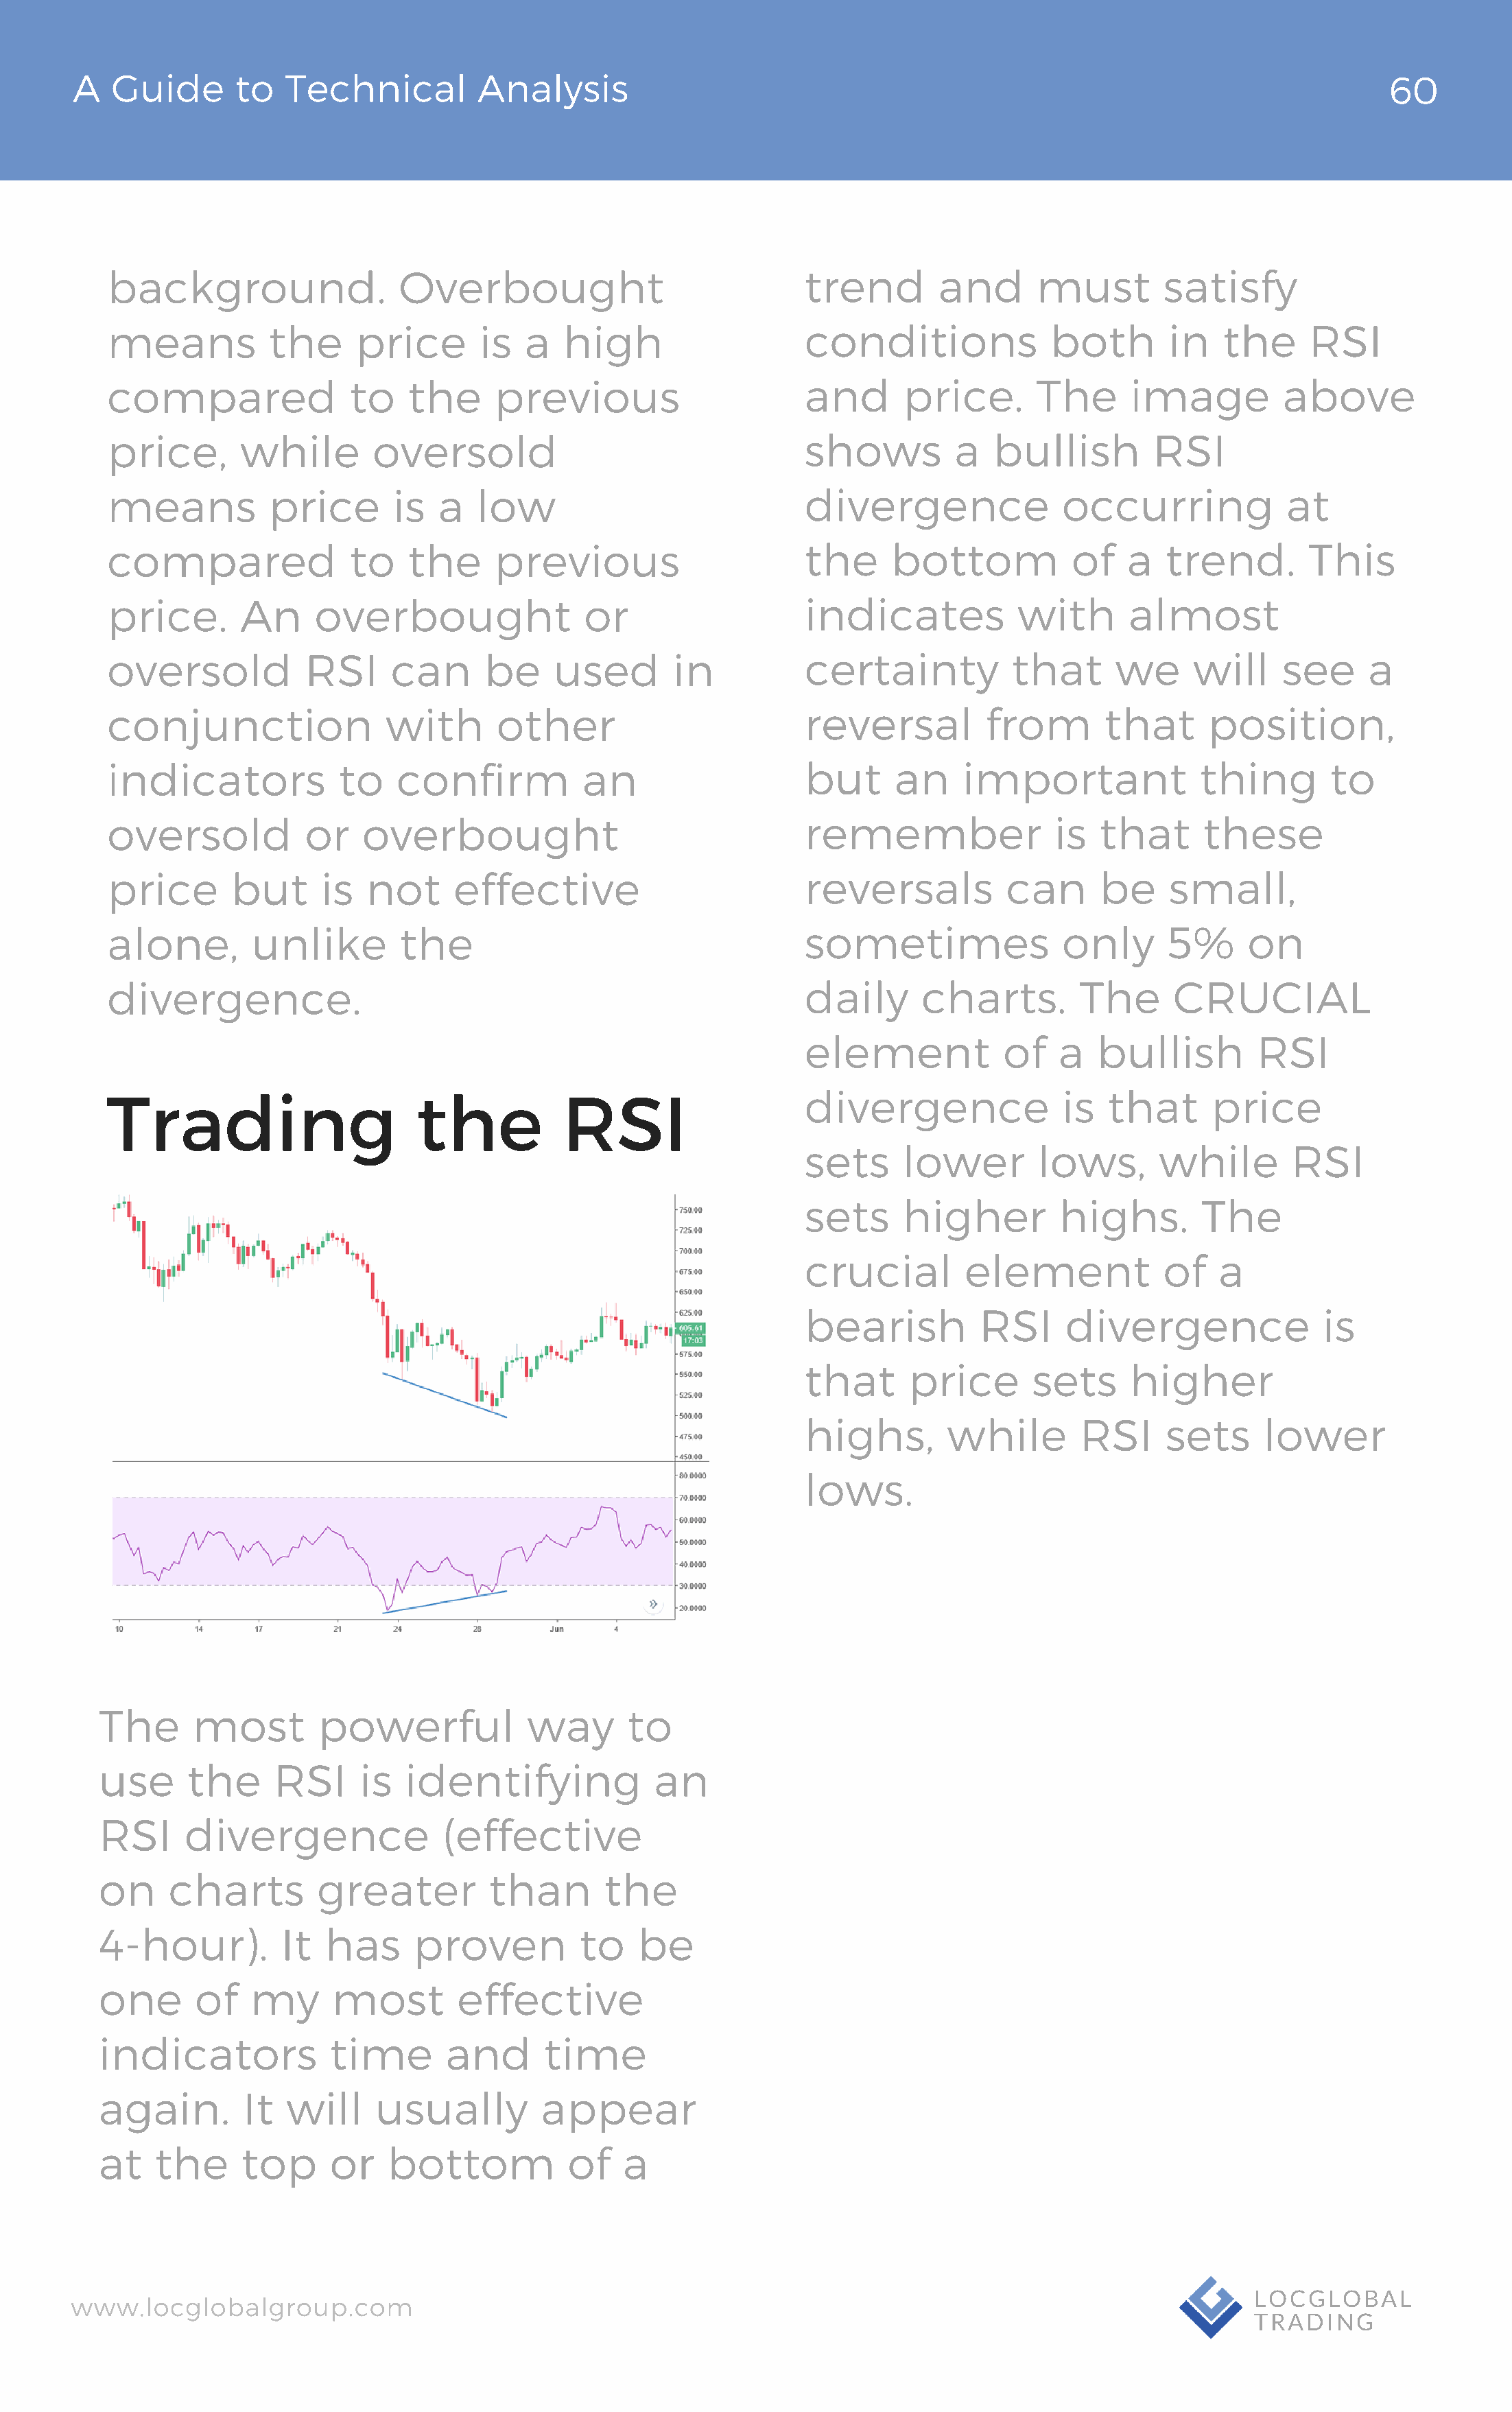
A   Guide       to  Technical          Analysis                                                                                60
 background.                 Overbought                              trend        and      must        satisfy
 means           the     price       is   a  high                    conditions             both        in   the     RSI
 compared                to   the      previous                      and      price.       The      image          above
 price,       while        oversold                                  shows         a   bullish        RSI
 means           price       is  a   low                             divergence              occurring             at
 compared                to   the      previous                      the     bottom           of    a  trend.        This
 price.       An     overbought                or                    indicates           with       almost
 oversold           RSI      can      be    used        in           certainty           that      we     will     see     a
 conjunction                with       other                         reversal         from        that      position,
 indicators             to   confirm           an                    but     an     important              thing       to
 oversold           or    overbought                                 remember                is  that      these
 price       but      is  not      effective                         reversals          can      be     small,
 alone,        unlike         the                                    sometimes               only       5%     on
 divergence.                                                         daily      charts.        The      CRUCIAL
 element            of   a   bullish        RSI
 Trading                       the           RSI                     divergence              is   that      price
 sets     lower        lows,       while        RSI
 sets     higher         highs.        The
 crucial        element            of    a
 bearish         RSI      divergence               is
 that      price       sets     higher
 highs,       while        RSI     sets      lower
 lows.
 The      most        powerful            way      to
 use     the     RSI      is  identifying             an
 RSI     divergence               (effective
 on    charts         greater         than       the
 4-hour).         It  has      proven          to    be
 one      of   my      most        effective
 indicators            time       and      time
 again.       It   will    usually         appear
 at   the     top      or   bottom            of   a
 www.locglobalgroup.com                                                                                            LOCGLOBAL
 TRADING